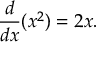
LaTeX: { \frac { d } { d x } } ( x ^ { 2 } ) = 2 x .